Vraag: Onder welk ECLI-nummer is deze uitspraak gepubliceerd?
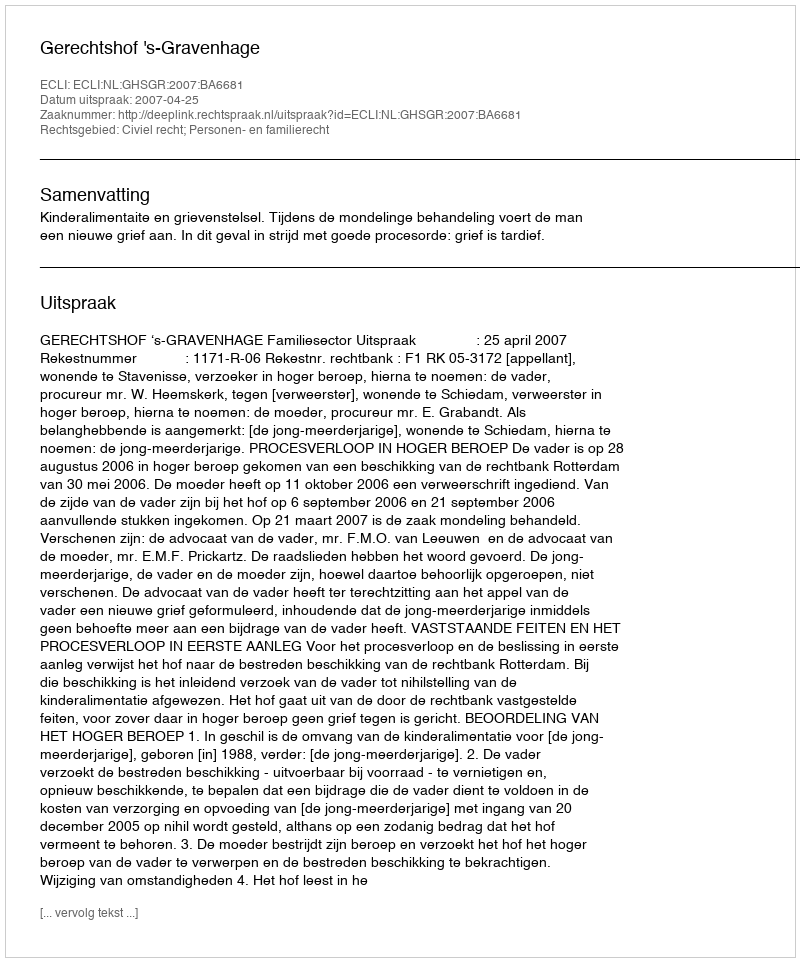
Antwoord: ECLI:NL:GHSGR:2007:BA6681